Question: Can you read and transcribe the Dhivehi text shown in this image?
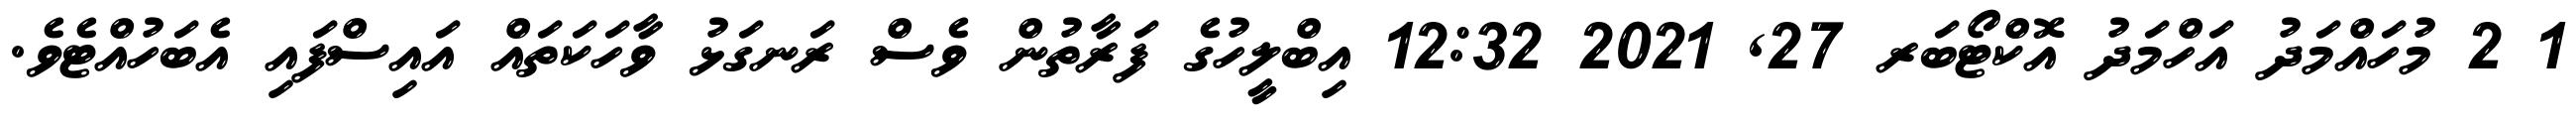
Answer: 1 2 މުހައްމަދު އަހްމަދު އޮކްޓޯބަރ 27, 2021 12:32 އިބްލީހުގެ ފަރާތުން ވެސް ރަނގަޅު ވާހަކަތައް އައިސްފައި އެބަހުއްޓެވެ.